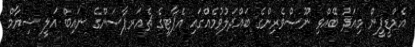
އެމްޑީޕީން މިއަދު ބޭއްވި ނޫސްވެރިންގެ ބައްދަލުވުމެއްގައި އެޕާޓީގެ ޗެއަރޕާސަންގެ ނައިބް އަލީ ޝިޔާމް